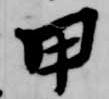
甲